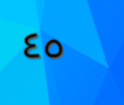
٤٥